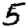
Digit: 5